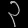
Digit: ၃